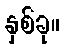
နှစ်ခု။